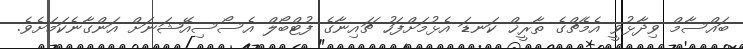
ބައްސާމް ވިދާޅުވީ އެމެޗްގެ ތާރީޚް ކަނޑަ އެޅުމަށްފަހު ޗައިނާގެ ފުޓްބޯލް އެސޯސިއޭޝަނަށް އަންގާނެކަމަށެވެ.